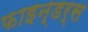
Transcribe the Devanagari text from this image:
फाइन्डर्स